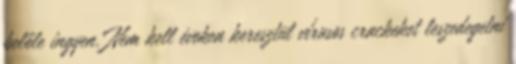
belőle ingyen. Nem kell éveken keresztül vírusos crackeket leszedegetni